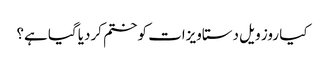
کیا روز ویل دستاویزات کو ختم کردیا گیا ہے؟